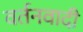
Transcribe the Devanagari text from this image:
वर्तनवादी